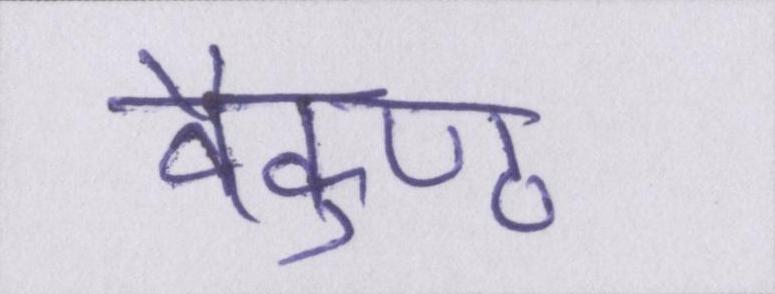
वैकुण्ठ